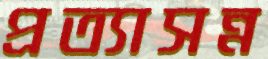
প্রত্যাসন্ন